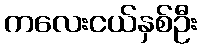
ကလေးငယ်နှစ်ဦး